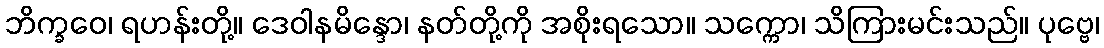
ဘိက္ခဝေ၊ ရဟန်းတို့။ ဒေဝါနမိန္ဒော၊ နတ်တို့ကို အစိုးရသော။ သက္ကော၊ သိကြားမင်းသည်။ ပုဗ္ဗေ၊